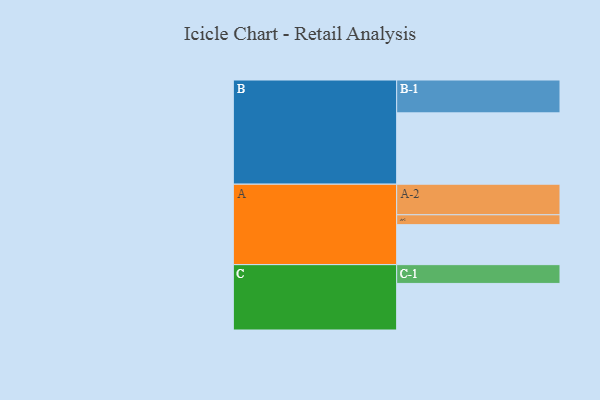
{"axis": {"x": "Segment", "y": "Value"}, "legend": ["", "A", "B", "C"], "data": [{"x": "A", "y": 315, "type": ""}, {"x": "B", "y": 562, "type": ""}, {"x": "C", "y": 367, "type": ""}, {"x": "A-1", "y": 78, "type": "A"}, {"x": "A-2", "y": 241, "type": "A"}, {"x": "B-1", "y": 259, "type": "B"}, {"x": "C-1", "y": 148, "type": "C"}]}